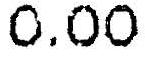
0.00